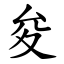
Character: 夋